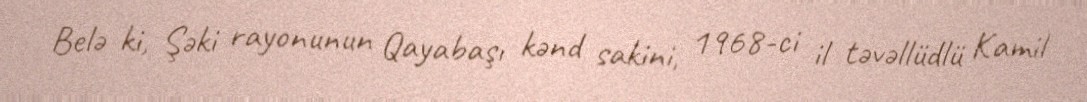
Belə ki, Şəki rayonunun Qayabaşı kənd sakini, 1968-ci il təvəllüdlü Kamil